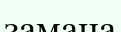
замана